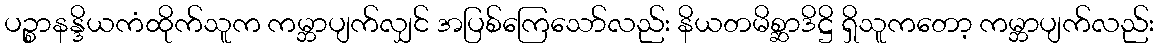
ပဉ္စာနန္ဒိယကံထိုက်သူက ကမ္ဘာပျက်လျှင် အပြစ်ကြေသော်လည်း နိယတမိစ္ဆာဒိဋ္ဌိ ရှိသူကတော့ ကမ္ဘာပျက်လည်း